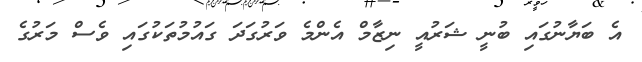
އެ ބަޔާނުގައި ބުނީ ޝަރުއީ ނިޒާމް އެންމެ ވަރުގަދަ ގައުމުތަކުގައި ވެސް މަރުގެ